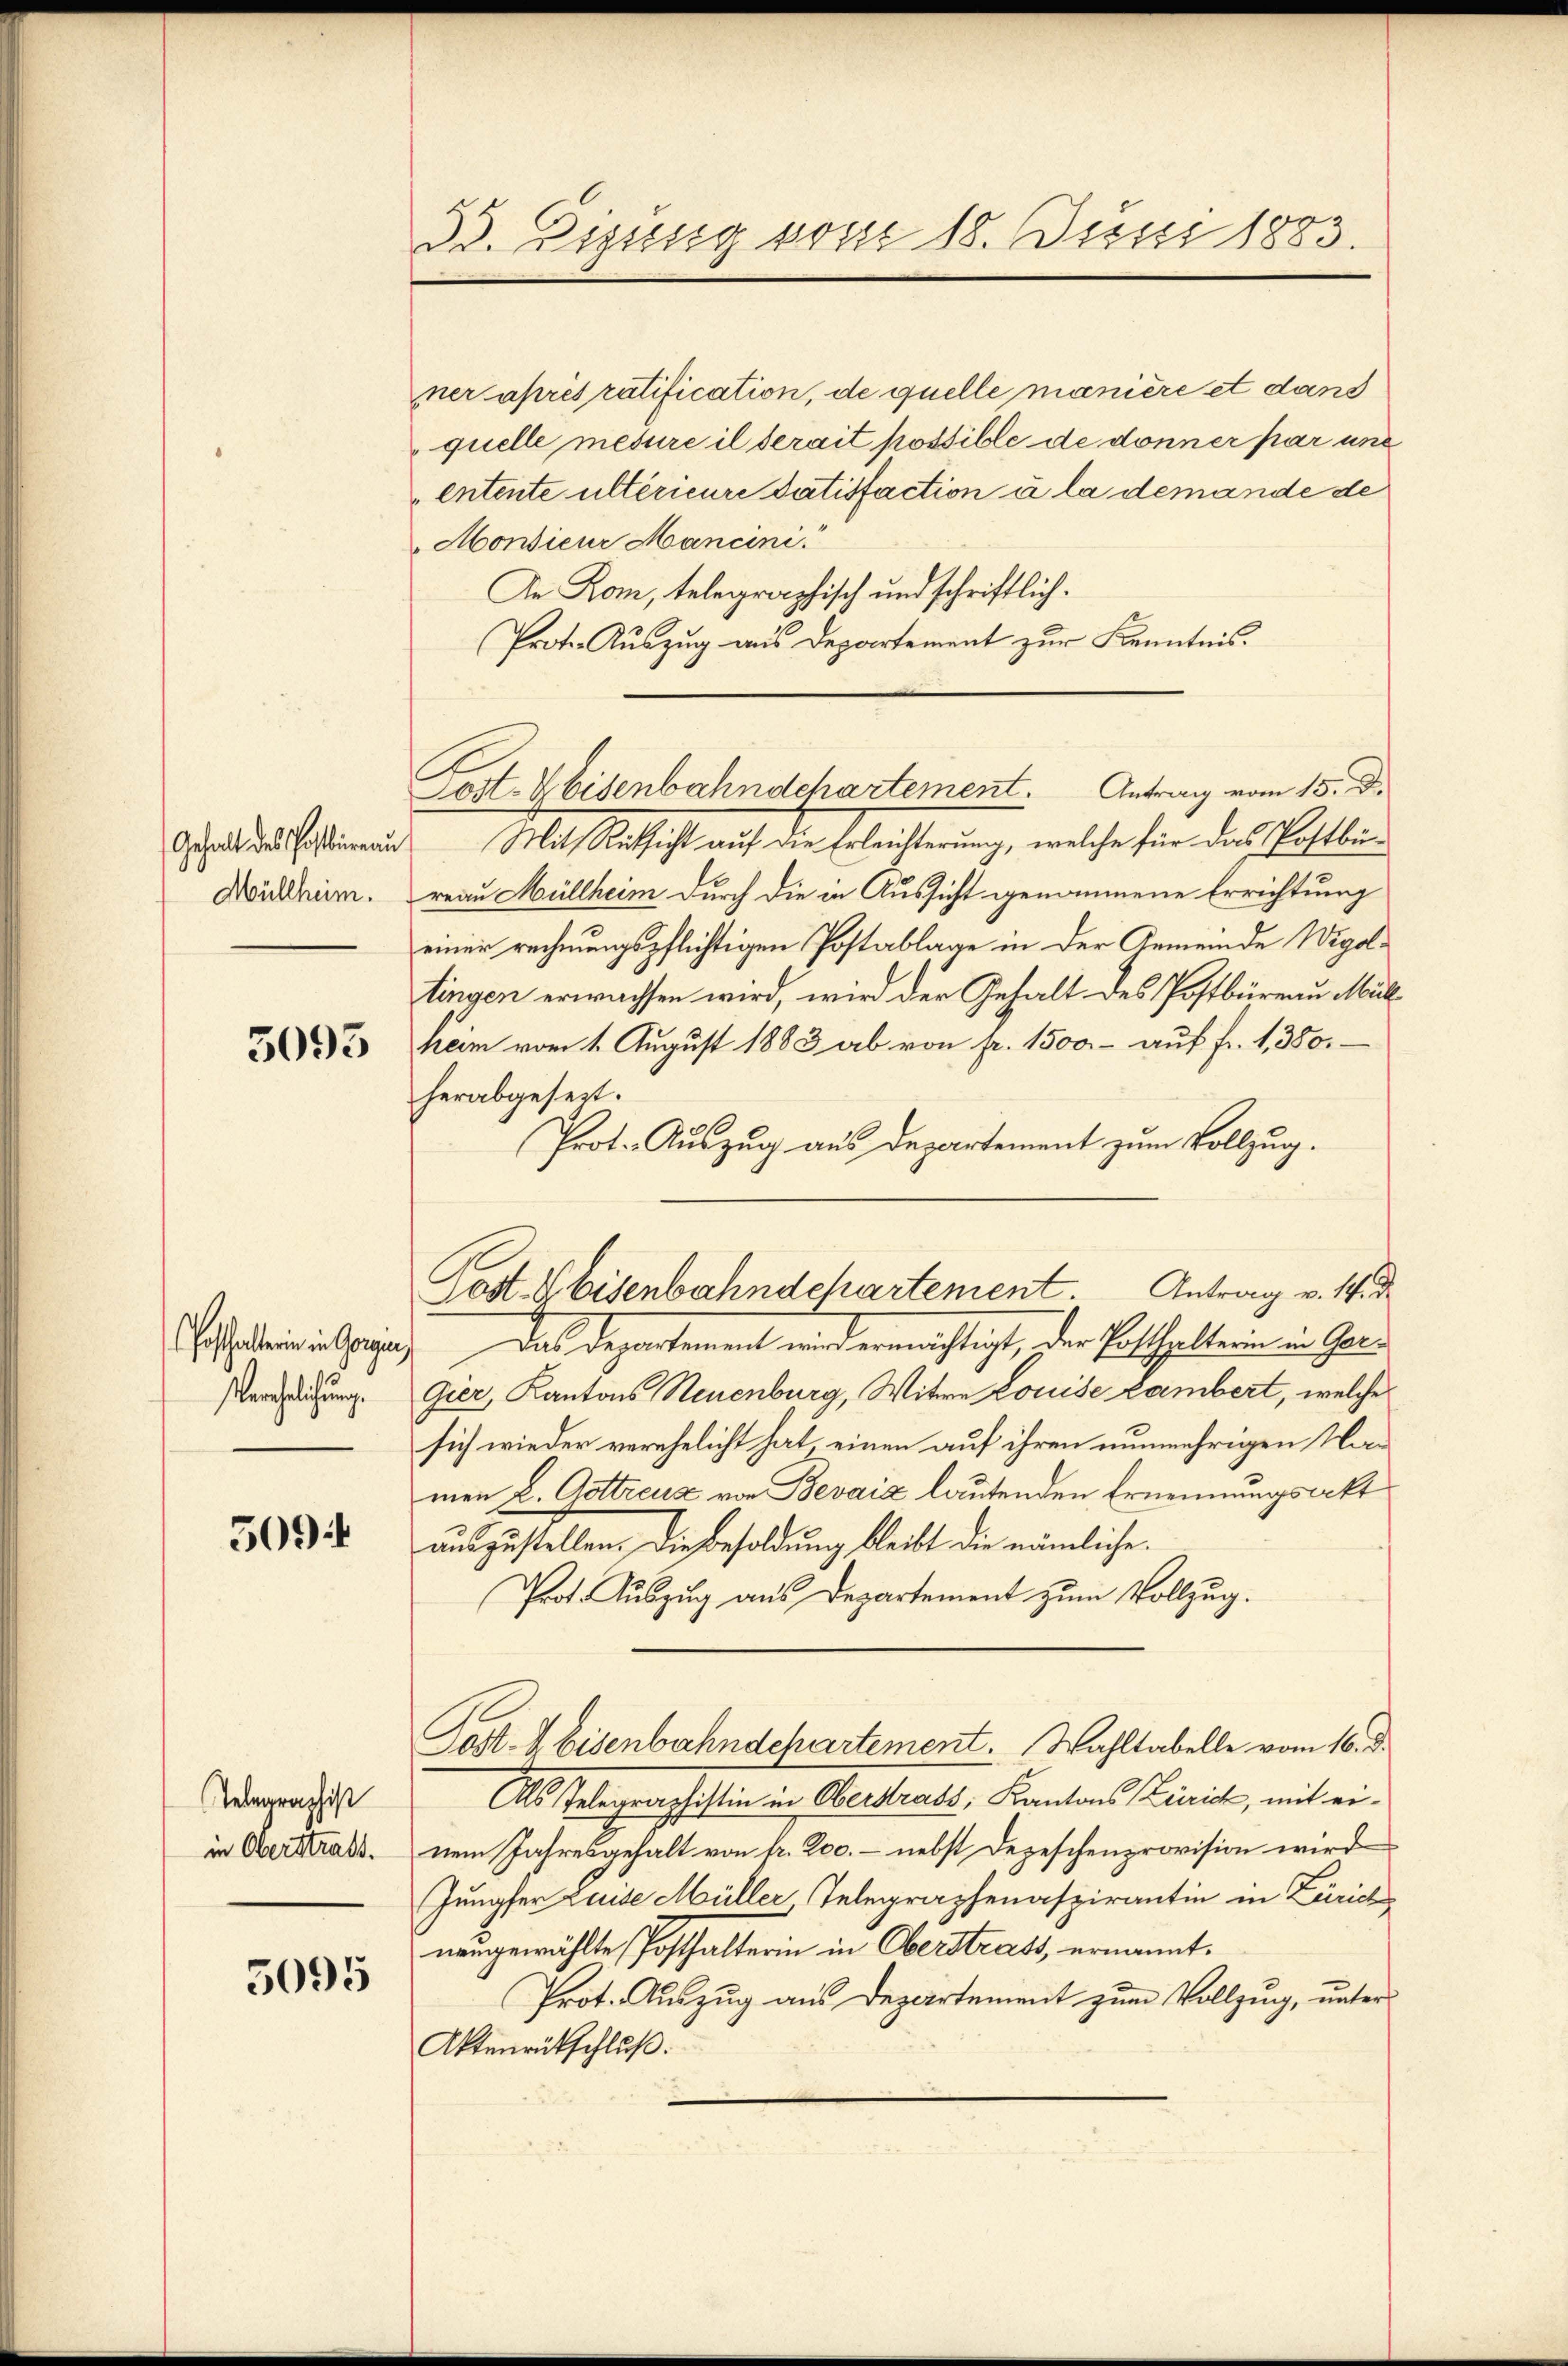
Gehalt des Postbureau
Müllheim.

5095

Verehelichung.

5094

Telegraphist
in Oberstraft.

5095

33. Eigung vom 18. Juni 1883.

ner après ratification, de quelle manière et dans
quelle mesure il serait possible de donner par une
entente ultérieure datisfaction à la demande de
Monsieur Mancini
An Rom, telegraphisch und schriftlich.
Prote. Auszug aus Departement zur Kenntnis.
Mit Rücksicht auf die Erleichterung, welche für das Postbüreau Müllheim durch die in Aussicht genommene Errichtung
einer rechnungspflichtigen Postablage in der Gemeinde Wigoltingen erwachsen wird, wird der Gehalt des Postbüreau Müllheim vom 1. August 1883 ab von fr. 1500.- auf fr. 1, 380.
herabgesezt.
Prot. Auszug aus Departement zum Vollzug.
Gossarin in sagen. Das Departement wird ermächtigt, der Enthaltern in Gel¬
Gier, Kantons Neuenburg, Witwe Louise Lambert, welche
sich wieder verehelicht hat, einen auf ihren nunmehrigen Namen L. Gottreuz von Bevaia lautenden Ernennungsakt
auszustellen. Die Besoldung bleibt die nämliche
Prof. Auszug aus Departement zum Vollzug.
Post. A bisenbahndchartement. Wahltabelle vom 16. d.
Als Telegraphistin in Oberstrats, Kantons Zürich, mit einem Jahresgehalt von fr. Roc. – nebst Depeschenprovision wird
Jungfer Luise Müller Telegraphenaspirantin in Zürich
neugewählte Posthalterin in Oberstrats, ernannt.
Prot. Auszug aus Departement zum Vollzug, unter
Aktenrütschluß.

Lost-Weisenbahndchartement. Antrag vom 15. d.

Post & Eisenbahndchartement. Antrag v. M. d